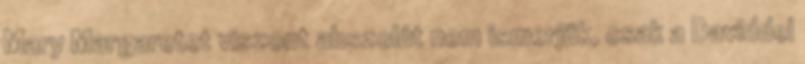
Mary Margaretet viszont abszolút nem ismerjük, csak a Daviddel